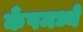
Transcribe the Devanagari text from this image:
कँपमध्ये